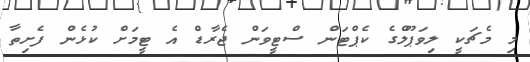
މި މެޗަކީ ލިވަޕޫލްގެ ކެޕްޓަން ސްޓީވަން ޖެރާޑް އެ ޓީމަށް ކުޅެން ފެށިތާ